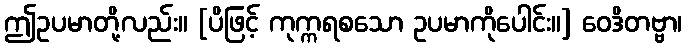
ဤဥပမာတို့လည်း။ [ပိဖြင့် ကုက္ကရစသော ဥပမာကိုပေါင်း။] ဝေဒိတဗ္ဗာ၊